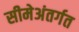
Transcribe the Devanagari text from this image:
सीमेअंतर्गत